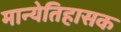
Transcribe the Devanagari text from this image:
मान्येतिहासक